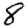
Digit: 8